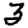
Digit: 3